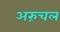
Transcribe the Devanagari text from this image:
अरुंचल